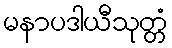
မနာပဒါယီသုတ္တံ